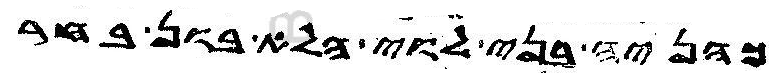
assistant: כהניה בני לוי הלא בון בחר